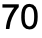
70